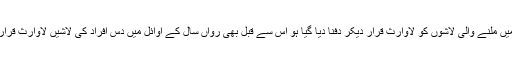
یاد رہے یہ پہلا موقع نہیں ہے کہ بلوچستان میں ملنے والی لاشوں کو لاوارث قرار دیکر دفنا دیا گیا ہو اس سے قبل بھی رواں سال کے اوائل میں دس افراد کی لاشیں لاوارث قرار دیکر اسی قبرستان میں دفنا دیے گئے تھے۔